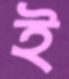
ই